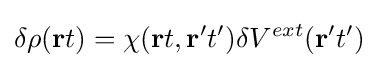
\delta \rho (\mathbf {r} t)=\chi (\mathbf {r} t,\mathbf {r'} t')\delta V^{ext}(\mathbf {r'} t')